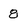
Character: 8